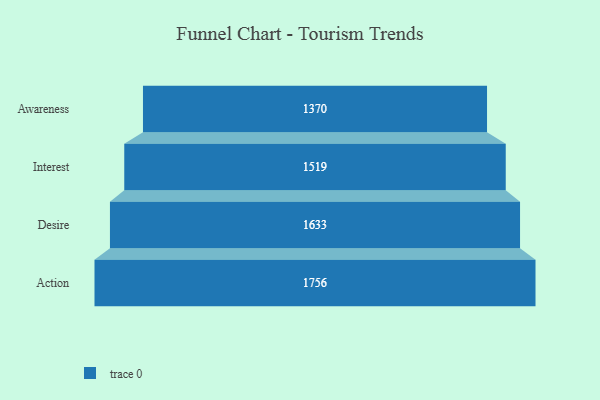
{"axis": {"x": "Stage", "y": "Value"}, "legend": [""], "data": [{"x": "Awareness", "y": 1370.0, "type": ""}, {"x": "Interest", "y": 1519.0, "type": ""}, {"x": "Desire", "y": 1633.0, "type": ""}, {"x": "Action", "y": 1756.0, "type": ""}]}